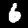
Label: 6